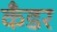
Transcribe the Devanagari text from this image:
कँडर